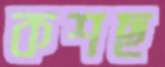
কশছ